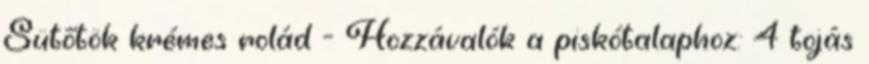
Sütőtök krémes rolád - Hozzávalók a piskótalaphoz: 4 tojás